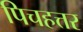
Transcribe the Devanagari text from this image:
पिचहत्तर